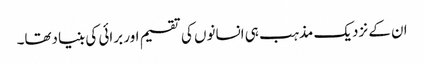
ان کے نزدیک مذہب ہی انسانوں کی تقسیم اور برائی کی بنیادتھا۔